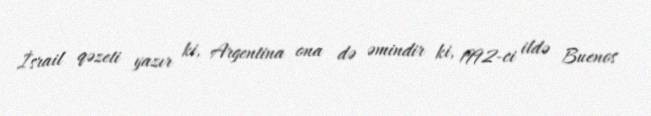
İsrail qəzeti yazır ki, Argentina ona də əmindir ki, 1992-ci ildə Buenos